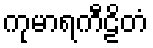
ကုမာရကီဠိတံ